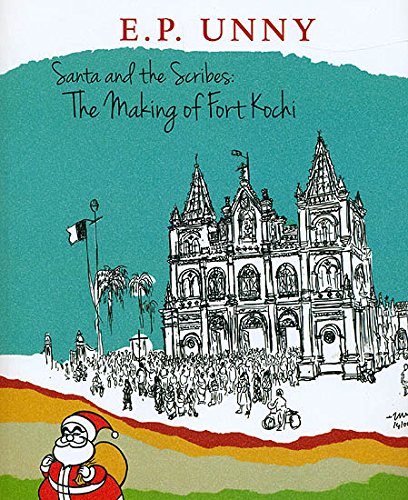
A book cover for The Making Of Fort Kochi; E P Unny; History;